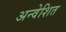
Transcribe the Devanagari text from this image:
अन्वेशित